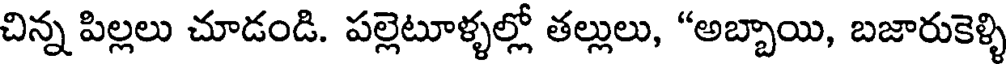
చిన్న పిల్లలు చూడండి. పల్లెటూళ్ళల్లో తల్లులు, "అబ్బాయి, బజారుకెళ్ళి